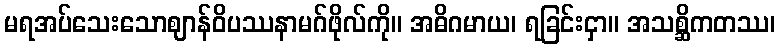
မရအပ်သေးသောဈာန်ဝိပဿနာမဂ်ဖိုလ်ကို။ အဓိဂမာယ၊ ရခြင်းငှာ။ အသစ္ဆိကတဿ၊